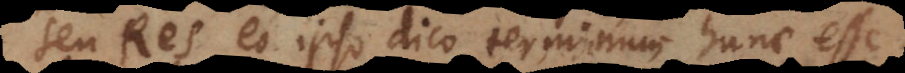
seu Res, eo ipso dico terminum hunc esse